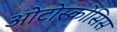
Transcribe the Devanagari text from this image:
ओटोस्क्रोसिस